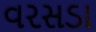
વરસડા